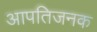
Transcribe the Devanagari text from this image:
आपतिजनक